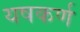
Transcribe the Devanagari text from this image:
यषकर्ण